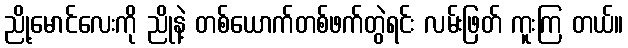
ညို့မောင်လေးကို ညိုနဲ့ တစ်ယောက်တစ်ဖက်တွဲရင်း လမ်းဖြတ် ကူးကြ တယ်။